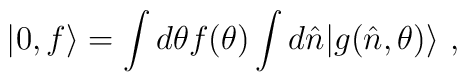
|0,f\rangle = \int d\theta f(\theta)\int d\hat n |g(\hat n,\theta)\rangle~,